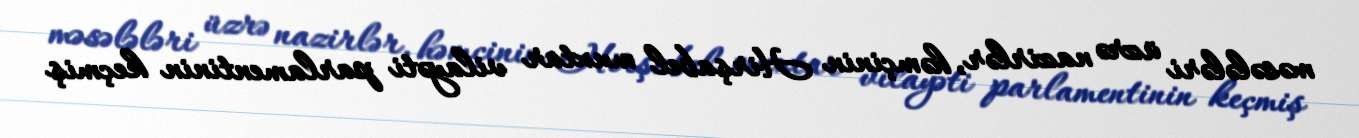
məsələləri üzrə nazirlər, həmçinin Hirşabel muxtar vilayəti parlamentinin keçmiş